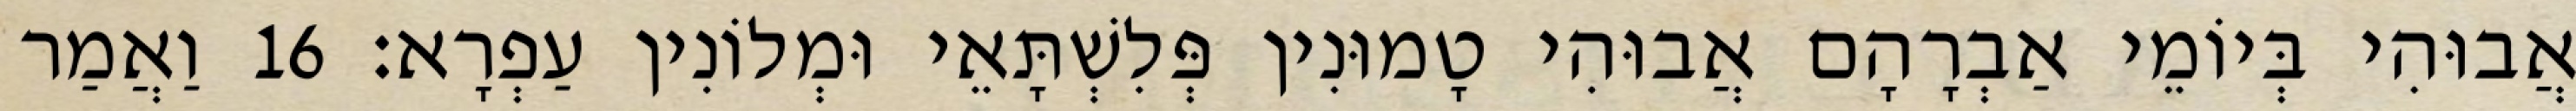
אֲבוּהִי בְּיוֹמֵי אַבְרָהָם אֲבוּהִי טָמוּנִין פְּלִשְׁתָּאֵי וּמְלוֹנִין עַפְרָא׃ 16 וַאֲמַר